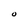
Character: O